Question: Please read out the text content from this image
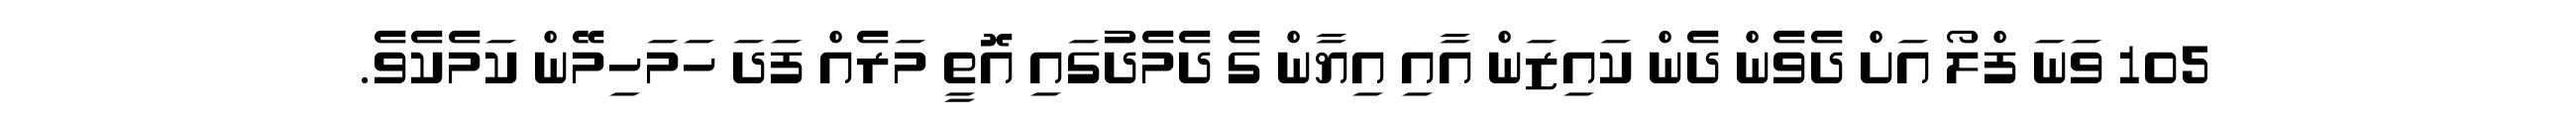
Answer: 105 ވަނަ ފްލޯ އަށް ދެވެން ދެން ކައިޒަން އާއި އިޔާން ގެ ދެމެދުގައި އޮތީ މަރެއް ފަދަ ހަމަހިމޭން ކަމެކެވެ.